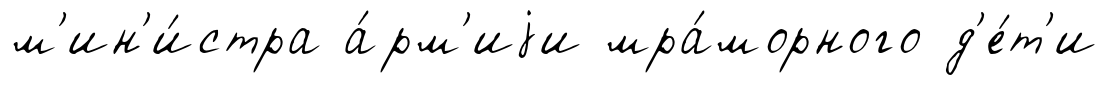
м'ин'и́стра а́рм'иjи мра́морного д'е́т'и